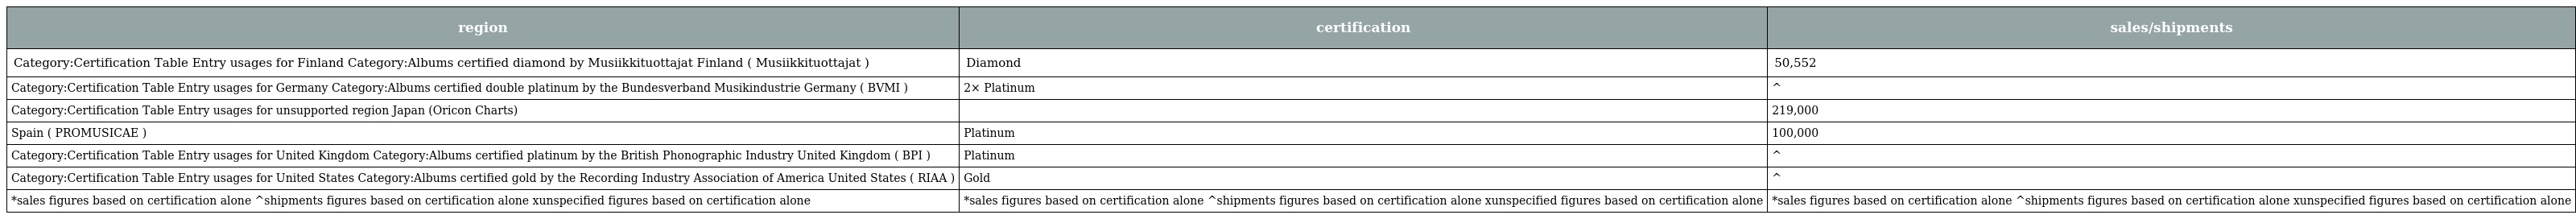
| region | certification | sales/shipments |
 | --- | --- | --- |
 | Category:Certification Table Entry usages for Finland Category:Albums certified diamond by Musiikkituottajat Finland ( Musiikkituottajat ) | Diamond | 50,552 |
 | Category:Certification Table Entry usages for Germany Category:Albums certified double platinum by the Bundesverband Musikindustrie Germany ( BVMI ) | 2× Platinum | ^ |
 | Category:Certification Table Entry usages for unsupported region Japan (Oricon Charts) |  | 219,000 |
 | Spain ( PROMUSICAE ) | Platinum | 100,000 |
 | Category:Certification Table Entry usages for United Kingdom Category:Albums certified platinum by the British Phonographic Industry United Kingdom ( BPI ) | Platinum | ^ |
 | Category:Certification Table Entry usages for United States Category:Albums certified gold by the Recording Industry Association of America United States ( RIAA ) | Gold | ^ |
 | *sales figures based on certification alone ^shipments figures based on certification alone xunspecified figures based on certification alone | *sales figures based on certification alone ^shipments figures based on certification alone xunspecified figures based on certification alone | *sales figures based on certification alone ^shipments figures based on certification alone xunspecified figures based on certification alone |